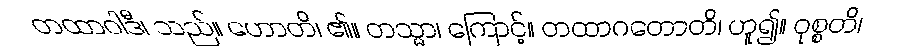
တထာဝါဒီ၊ သည်။ ဟောတိ၊ ၏။ တသ္မာ၊ ကြောင့်။ တထာဂတောတိ၊ ဟူ၍။ ဝုစ္စတိ၊